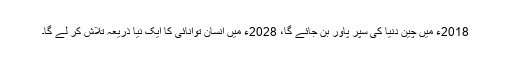
2018ء میں چین دنیا کی سپر پاور بن جائے گا، 2028ء میں انسان توانائی کا ایک نیا ذریعہ تلاش کر لے گا۔